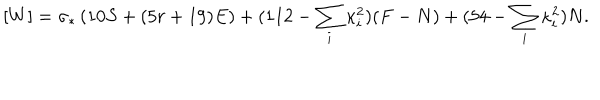
[ W ] = \sigma _ { * } \left( 1 0 S + ( 5 r + 1 9 ) E \right) + ( 1 1 2 - \sum _ { i } \kappa _ { i } ^ { 2 } ) ( F - N ) + ( 5 4 - \sum _ { i } \kappa _ { i } ^ { 2 } ) N .